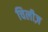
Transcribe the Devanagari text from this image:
चिलीज़